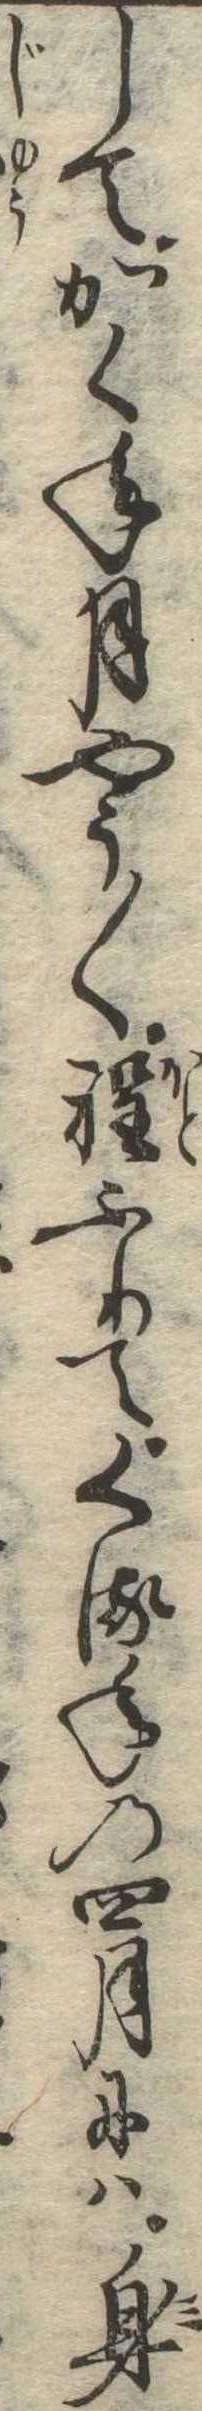
してかく年月やう〱程ふりてくる年の四月には身